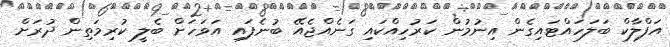
އަފްލާކް ބަލަހައްޓައިގެން އިނުމުން ކަރުހިއްކައި ގަނެއްޖެއޭ ބުނެފައި އަވަހަށް ބެލީ ކުރިމަތިން ދުރަށް